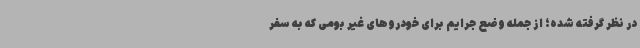
در نظر گرفته شده؛ از جمله وضع جرایم برای خودروهای غیر بومی که به سفر